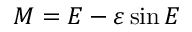
M = E - \varepsilon \sin E